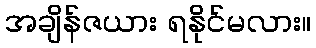
အချိန်ဇယား ရနိုင်မလား။